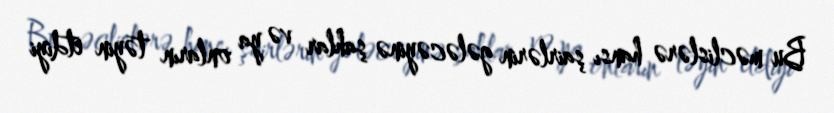
Bu məclislərə hansı şairlərin gələcəyinə şahlar və ya onların təyin etdiyi